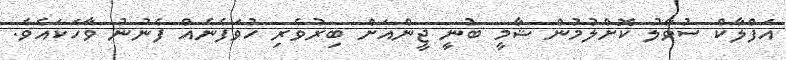
އަފްލާކް ސުވާލު ކޮށްލުމުން ޝާމީ ބުނީ ޖީންއަށް ބިރުވެރި ހުވަފެނެއް ފެނުނު ވާހަކައެވެ.